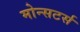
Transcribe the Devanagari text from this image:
मोन्सटर्स